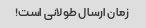
زمان ارسال طولانی است!